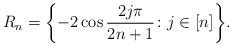
\begin{align*}R_n=\biggl\{-2\cos{2j\pi\over 2n+1}\colon j\in[n]\biggr\}.\end{align*}